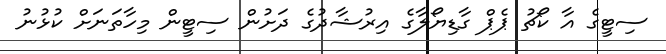
ސިޓީގެ އާ ކޯޗު ޕެޕް ގާޑިޔޯލާގެ އިރުޝާދުގެ ދަށުން ސިޓީން މިހާތަނަށް ކުޅުނު